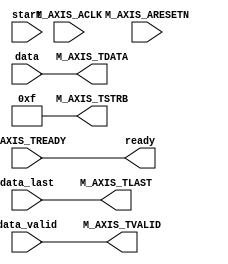
module axi_stream_writer #
  (
   parameter integer C_M_AXIS_TDATA_WIDTH = 32
   )
  (
   input wire                                   start, // FIXME: sil
   input wire [C_M_AXIS_TDATA_WIDTH-1:0]        data,
   input wire                                   data_valid,
   input wire                                   data_last,
   output wire                                  ready,
   /* axi4-stream ports */
   input wire                                   M_AXIS_ACLK,
   input wire                                   M_AXIS_ARESETN,
   output wire                                  M_AXIS_TVALID,
   output wire [C_M_AXIS_TDATA_WIDTH-1 : 0]     M_AXIS_TDATA,
   output wire [(C_M_AXIS_TDATA_WIDTH/8)-1 : 0] M_AXIS_TSTRB,
   output wire                                  M_AXIS_TLAST,
   input wire                                   M_AXIS_TREADY
   );


  /* I/O connections */
  assign M_AXIS_TVALID = data_valid;
  assign M_AXIS_TDATA = data;
  assign M_AXIS_TLAST = data_last;
  assign M_AXIS_TSTRB = {(C_M_AXIS_TDATA_WIDTH/8){1'b1}};

  assign ready = M_AXIS_TREADY;

endmodule